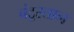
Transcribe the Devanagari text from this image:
बंटूस्तान